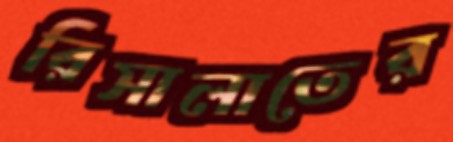
রিসালাতের